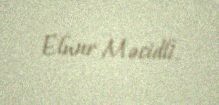
Elnur Məcidli.